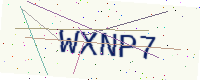
Text: WXNP7